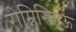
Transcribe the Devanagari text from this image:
रोम्निस्किऊ